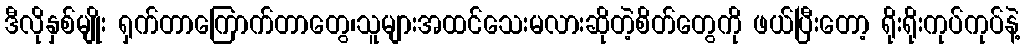
ဒီလိုနှစ်မျိုး ရှက်တာကြောက်တာတွေ၊သူများအထင်သေးမလားဆိုတဲ့စိတ်တွေကို ဖယ်ပြီးတော့ ရိုးရိုးကုပ်ကုပ်နဲ့